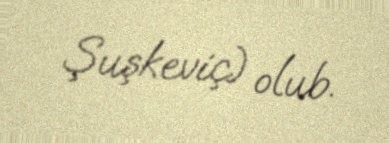
Şuşkeviç) olub.